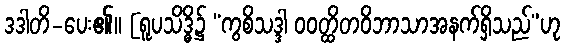
ဒဒါတိ-ပေး၏။ [ရူပသိဒ္ဓိ၌ “ကွစိသဒ္ဒါ ဝဝတ္ထိတဝိဘာသာအနက်ရှိသည်”ဟု